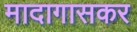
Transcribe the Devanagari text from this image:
मादागासकर